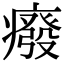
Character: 癈